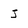
Character: J